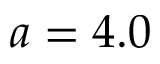
a = 4 . 0